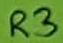
Text: R3